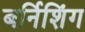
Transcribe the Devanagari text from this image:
बर्निशिंग